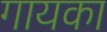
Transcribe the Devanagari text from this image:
गायका